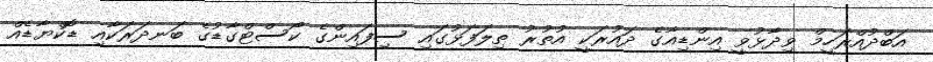
އަބްދުއްރަހީމް ވިދާޅުވީ އިންޑިއާގެ ދައުރަކީ އުތުރު ތިލަފަޅުގައި ސިފައިންގެ ކޯސްޓްގާޑުގެ ބަނދަރަކާއި ޑޮކްޔާޑެއް